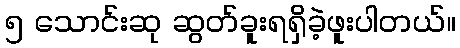
၅ သောင်းဆု ဆွတ်ခူးရရှိခဲ့ဖူးပါတယ်။